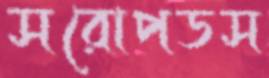
সরোপডস